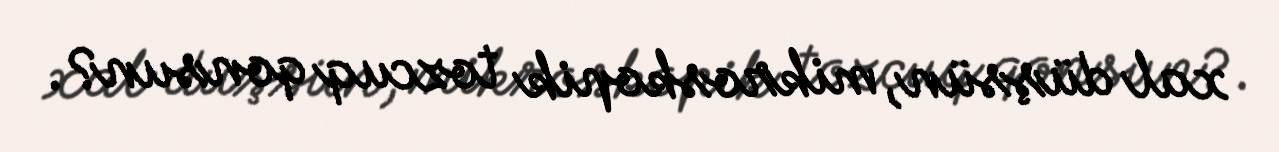
xal düşsün, mikroskopik tozcuq qonsun?.